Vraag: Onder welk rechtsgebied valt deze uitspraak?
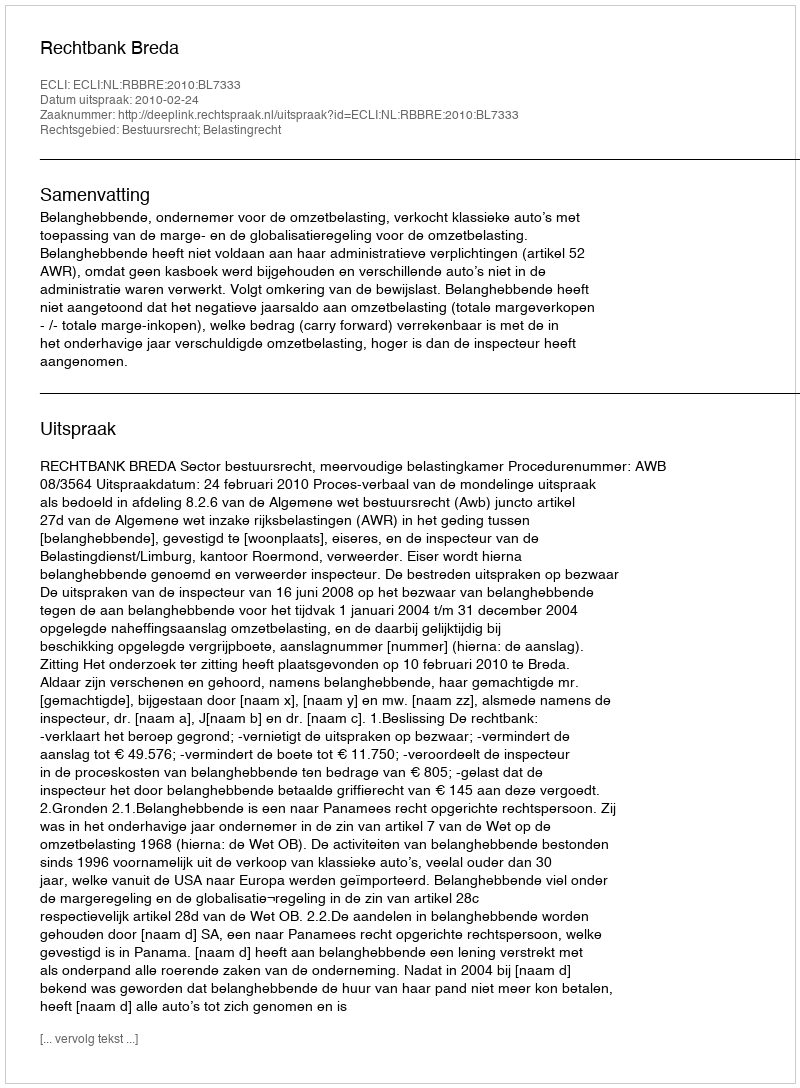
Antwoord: Bestuursrecht; Belastingrecht